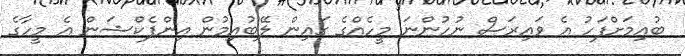
ބުއިމަށްފަހު އެ ވައިރަސް ނުހުންނަ މީހެއްގެ ގައިން ލޭބުއިމުން އިންފެކްޝަން އެ މީހާގެ